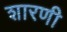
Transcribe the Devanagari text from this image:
शारणी